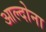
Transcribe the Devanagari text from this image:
आल्दोना